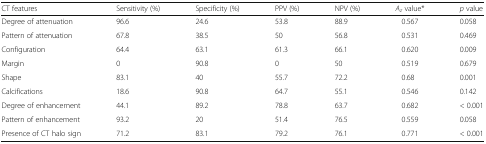
| CT features | Sensitivity (%) | Specificity (%) | PPV (%) | NPV (%) | Az value* | p value |
 | --- | --- | --- | --- | --- | --- | --- |
 | Degree of attenuation | 96.6 | 24.6 | 53.8 | 88.9 | 0.567 | 0.058 |
 | Pattern of attenuation | 67.8 | 38.5 | 50 | 56.8 | 0.531 | 0.469 |
 | Configuration | 64.4 | 63.1 | 61.3 | 66.1 | 0.620 | 0.009 |
 | Margin | 0 | 90.8 | 0 | 50 | 0.519 | 0.679 |
 | Shape | 83.1 | 40 | 55.7 | 72.2 | 0.68 | 0.001 |
 | Calcifications | 18.6 | 90.8 | 64.7 | 55.1 | 0.546 | 0.142 |
 | Degree of enhancement | 44.1 | 89.2 | 78.8 | 63.7 | 0.682 | < 0.001 |
 | Pattern of enhancement | 93.2 | 20 | 51.4 | 76.5 | 0.559 | 0.058 |
 | Presence of CT halo sign | 71.2 | 83.1 | 79.2 | 76.1 | 0.771 | < 0.001 |